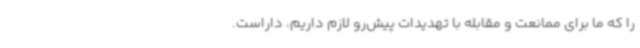
را که ما برای ممانعت و مقابله با تهدیدات پیش‌رو لازم داریم، داراست.